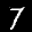
Label: 7